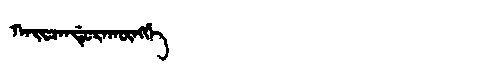
Manchu: ᡴᠠᡳᠴᠠᠨᡩᡠᡵᠠᡴᡡᠩᡤᡝ
Romanization: KAICANDURAKŪNGGE